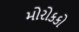
મોરોકકો